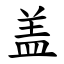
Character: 盖